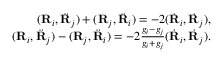
\begin{array} { r } { ( { \bf R } _ { i } , \ddot { \bf R } _ { j } ) + ( { \bf R } _ { j } , \ddot { \bf R } _ { i } ) = - 2 ( \dot { \bf R } _ { i } , \dot { \bf R } _ { j } ) , } \\ { ( { \bf R } _ { i } , \ddot { \bf R } _ { j } ) - ( { \bf R } _ { j } , \ddot { \bf R } _ { i } ) = - 2 \frac { g _ { i } - g _ { j } } { g _ { i } + g _ { j } } ( \dot { \bf R } _ { i } , \dot { \bf R } _ { j } ) . } \end{array}